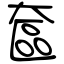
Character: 奩